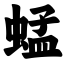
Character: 蜢